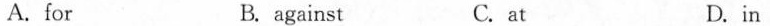
A.for B. against C. at D.in